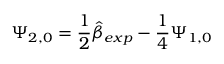
\Psi _ { 2 , 0 } = \frac { 1 } { 2 } \hat { \beta } _ { e x p } - \frac { 1 } { 4 } \Psi _ { 1 , 0 }